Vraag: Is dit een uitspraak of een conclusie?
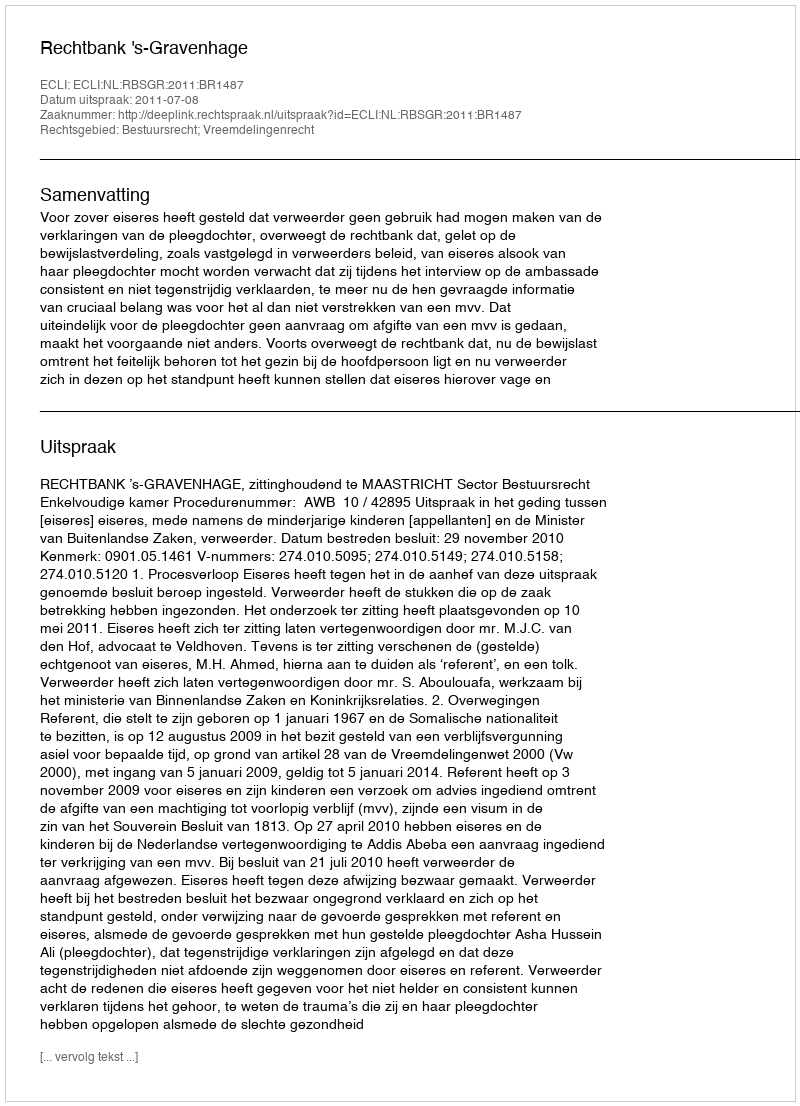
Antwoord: Uitspraak